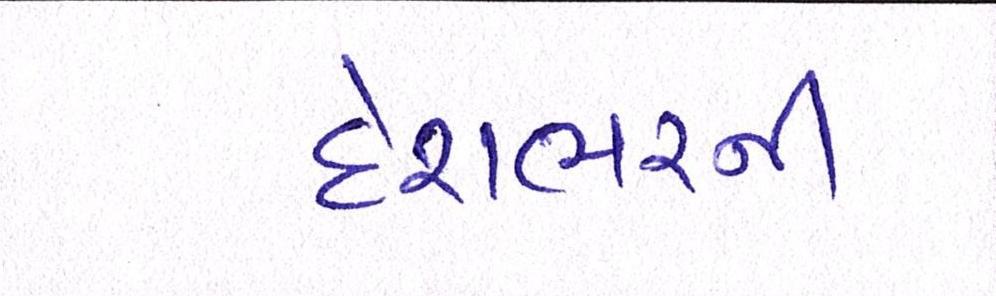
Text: દેશભરની